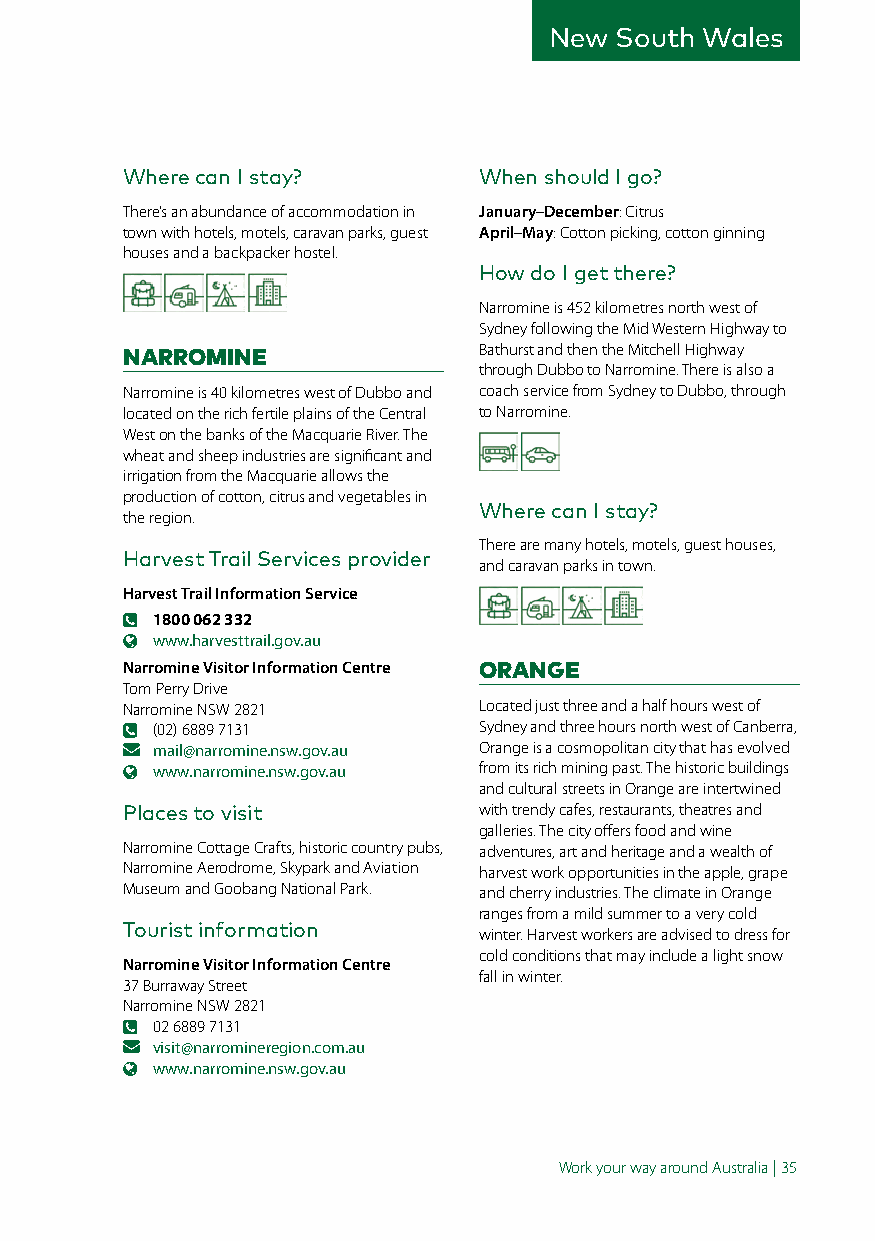
New  South Wales
 Where can I stay?       When should I go?
 There’s an abundance of accommodation in January–December: Citrus
 town with hotels, motels, caravan parks, guest April–May: Cotton picking, cotton ginning
 houses and a backpacker hostel.
 How do I get there?
 Narromine is 452 kilometres north west of
 Sydney following the Mid Western Highway to
 NARROMINE               Bathurst and then the Mitchell Highway
 through Dubbo to Narromine. There is also a
 Narromine is 40 kilometres west of Dubbo and coach service from Sydney to Dubbo, through
 located on the rich fertile plains of the Central to Narromine.
 West on the banks of the Macquarie River. The
 wheat and sheep industries are significant and
 irrigation from the Macquarie allows the
 production of cotton, citrus and vegetables in
 Where can I stay?
 the region.
 There are many hotels, motels, guest houses,
 Harvest Trail Services provider
 and caravan parks in town.
 Harvest Trail Information Service
 1800 062 332
 www.harvesttrail.gov.au
 Narromine Visitor Information Centre ORANGE
 Tom Perry Drive
 Narromine NSW 2821      Located just three and a half hours west of
 (02) 6889 7131        Sydney and three hours north west of Canberra,
 mail@narromine.nsw.gov.au Orange is a cosmopolitan city that has evolved
 www.narromine.nsw.gov.au from its rich mining past. The historic buildings
 and cultural streets in Orange are intertwined
 Places to visit         with trendy cafes, restaurants, theatres and
 galleries. The city offers food and wine
 Narromine Cottage Crafts, historic country pubs, adventures, art and heritage and a wealth of
 Narromine Aerodrome, Skypark and Aviation harvest work opportunities in the apple, grape
 Museum and Goobang National Park. and cherry industries. The climate in Orange
 ranges from a mild summer to a very cold
 Tourist information
 winter. Harvest workers are advised to dress for
 cold conditions that may include a light snow
 Narromine Visitor Information Centre
 fall in winter.
 37 Burraway Street
 Narromine NSW 2821
 02 6889 7131
 visit@narromineregion.com.au
 www.narromine.nsw.gov.au
 Work your way around Australia | 35